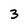
Character: 3